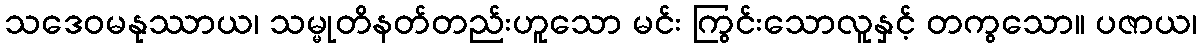
သဒေဝမနုဿာယ၊ သမ္မုတိနတ်တည်းဟူသော မင်း ကြွင်းသောလူနှင့် တကွသော။ ပဇာယ၊